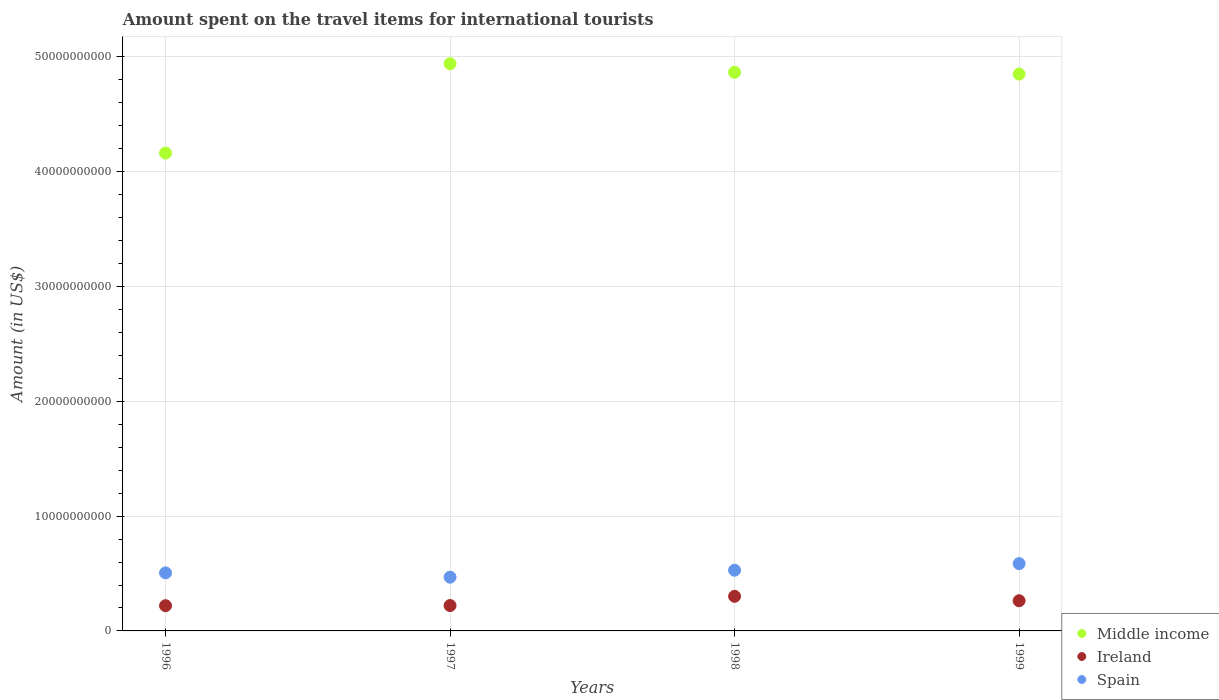
| Years | Middle income | Ireland | Spain |
 | --- | --- | --- | --- |
 | 1996 | 4.16e+10 | 2.2e+09 | 5.06e+09 |
 | 1997 | 4.94e+10 | 2.21e+09 | 4.68e+09 |
 | 1998 | 4.87e+10 | 3.02e+09 | 5.29e+09 |
 | 1999 | 4.85e+10 | 2.63e+09 | 5.86e+09 |